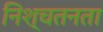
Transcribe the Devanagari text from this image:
निश्चतनता